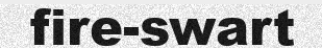
fire-swart